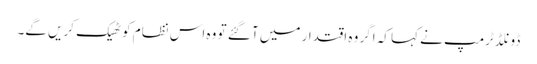
ڈونلڈ ٹرمپ نے کہا کہ اگر وہ اقتدار میں آ گئے تو وہ اس نظام کو ٹھیک کریں گے۔